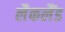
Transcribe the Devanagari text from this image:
लैकलैंड